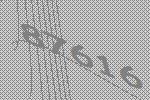
87616